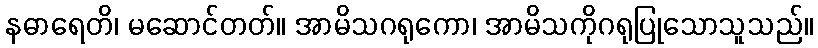
နဓာရေတိ၊ မဆောင်တတ်။ အာမိသဂရုကော၊ အာမိသကိုဂရုပြုသောသူသည်။